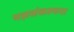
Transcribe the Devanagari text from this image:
यज्ञसंकल्पना